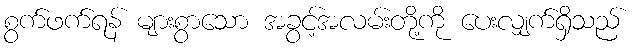
စွက်ဖက်ရန် များစွာသော အခွင့်အလမ်းတို့ကို ပေးလျှက်ရှိသည်